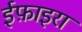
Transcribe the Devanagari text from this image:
ईफ़ाइरा